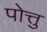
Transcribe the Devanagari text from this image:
पोत्तु